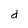
Character: d